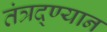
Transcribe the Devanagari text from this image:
तंत्रद्ण्यान